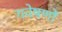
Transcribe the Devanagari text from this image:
गवेषणों